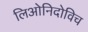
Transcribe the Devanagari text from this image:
लिओनिदोविच